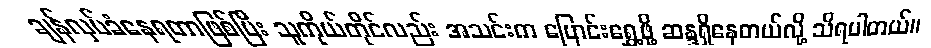
ချန်လှပ်ခံနေရတာဖြစ်ပြီး သူကိုယ်တိုင်လည်း အသင်းက ပြောင်းရွှေ့ဖို့ ဆန္ဒရှိနေတယ်လို့ သိရပါတယ်။